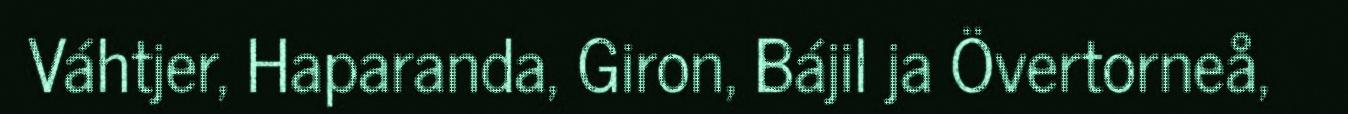
Váhtjer, Haparanda, Giron, Bájil ja Övertorneå,